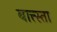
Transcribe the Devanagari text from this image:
बात्त्स्ता